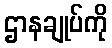
ဌာနချုပ်ကို